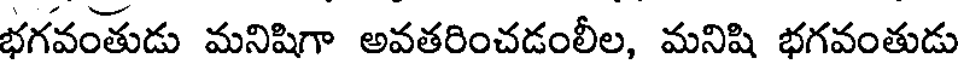
భగవంతుడు మనిషిగా అవతరించడంలీల, మనిషి భగవంతుడు